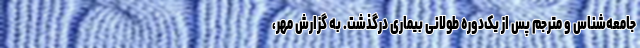
جامعه‌شناس و مترجم پس از یک‌دوره طولانی بیماری درگذشت. به گزارش مهر،